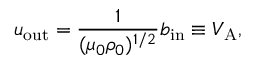
u _ { \mathrm { { o u t } } } = \frac { 1 } { ( \mu _ { 0 } \rho _ { 0 } ) ^ { 1 / 2 } } b _ { \mathrm { { i n } } } \equiv V _ { \mathrm { { A } } } ,